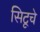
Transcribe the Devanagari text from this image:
सिटूचे